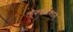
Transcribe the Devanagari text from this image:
लोककलावंतांनी